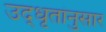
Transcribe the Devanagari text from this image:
उद्‌धृतांनुसार